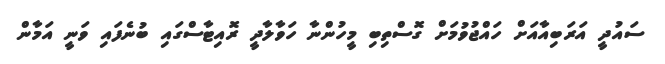
ސައުދީ އަރަބިއާއަށް ހައްޖުވުމަށް ގޮސްތިބި މީހުންނާ ހަވާލާދީ ރޮއިޓާސްގައި ބުނެފައި ވަނީ އަމާން